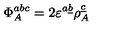
\Phi _ { A } ^ { a b c } = 2 \varepsilon ^ { a \underline { { b } } } \rho _ { A } ^ { \underline { { c } } }